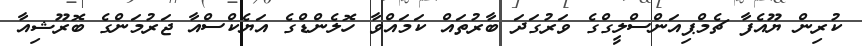
ކުރިން ޔޫއެފާ ޗެމްޕިއަންސްލީގްގެ ވަރުގަދަ ބާރުތައް ކަމައްވާ ހޮލެންޑްގެ އަޔެކްސްއާ ޖަރުމަންގެ ބޮރޫޝިއާ